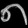
Digit: ၈